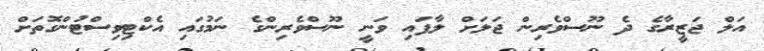
އަލް ޖަޒީރާގެ ދެ ނޫސްވެރިން ޖަލަށް ލާފައި ވަނީ ނޫސްވެރިންގެ ނަމުގައި އެކްޓިވިސްޓުންގޮތަށް